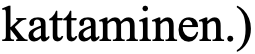
kattaminen.)